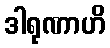
ဒါရုဏာဟိ